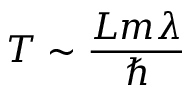
T \sim \frac { L m \lambda } { \hbar }